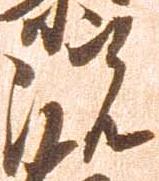
院